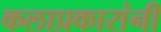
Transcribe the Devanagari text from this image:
कलाप्रकारांनी